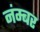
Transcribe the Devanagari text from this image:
नंम्बर